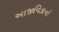
અાજીવિકાનો